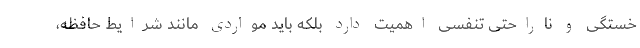
خستگی و ناراحتی تنفسی اهمیت دارد بلکه باید مواردی مانند شرایط حافظه،